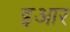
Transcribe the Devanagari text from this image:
इआर